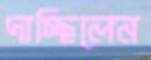
দাচ্ছিলেন